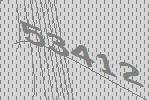
53412